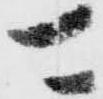
可